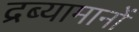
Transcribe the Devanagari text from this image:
द्रब्यामानों